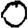
Digit: 0